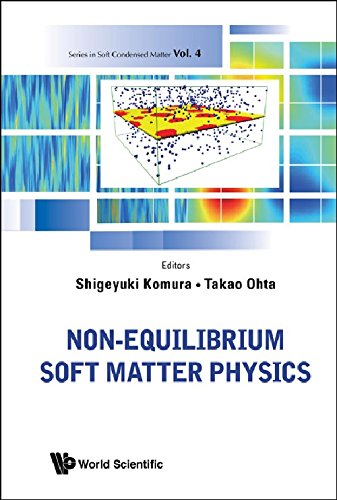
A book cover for Non-Equilibrium Soft Matter Physics (Series in Soft Condensed Matter); Shigeyuki Komura; Science & Math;